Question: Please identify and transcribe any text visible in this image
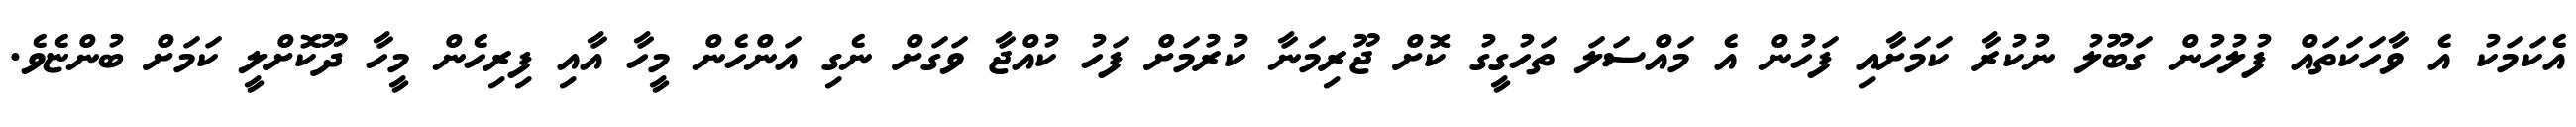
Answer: އެކަމަކު އެ ވާހަކަތައް ފުލުހުން ގަބޫލު ނުކުރާ ކަމަށާއި ފަހުން އެ މައްސަލަ ތަހުގީގު ކޮށް ޖޫރިމަނާ ކުރުމަށް ފަހު ކުއްޖާ ވަގަށް ނެގި އަންހެން މީހާ އާއި ފިރިހެން މީހާ ދޫކޮށްލީ ކަމަށް ބުންޏެވެ.